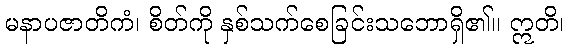
မနာပဇာတိကံ၊ စိတ်ကို နှစ်သက်စေခြင်းသဘောရှိ၏။ ဣတိ၊